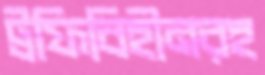
ট্রফিবিহীনরহ